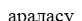
араласу